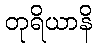
တုရိယာနိ